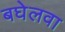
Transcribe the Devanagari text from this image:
बघेलवा